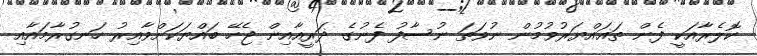
ކޮލެރާއަކީ ފެން ތަޣައްޔަރުވުމުން ނުވަތަ ނުސާފު ފެނުގެ ޛަރީއާއިން ޖެހޭ ބައްޔަކަށްވާއިރު ހަނގުރާމައާއި